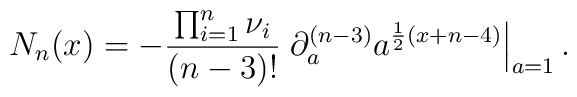
N_{n}(x)=-\frac{\prod_{i=1}^{n}\nu_{i}}{(n-3)!}\left.\partial_{a}^{(n-3)}a^{\frac{1}{2}(x+n-4)}\right|_{a=1}.